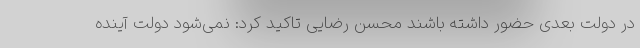
در دولت بعدی حضور داشته باشند محسن رضایی تاکید کرد: نمی‌شود دولت آینده